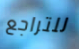
للتراجع